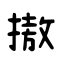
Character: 𢳆